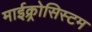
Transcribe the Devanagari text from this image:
माईक्र्रोसिस्टम